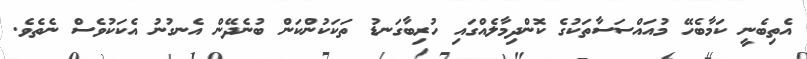
އެތިބެނީ ކަމާބެހޭ މުއައްސަސާތަކުގެ ކޮންދިމާލެއްގައި ހުރިބާގަނޑު ތަކަކުންކަން ބުނެދޭން އެނގުނު އެކަކުވެސް ނެތެވެ.